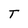
Character: T